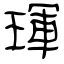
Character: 琿